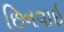
છિનવાઇ